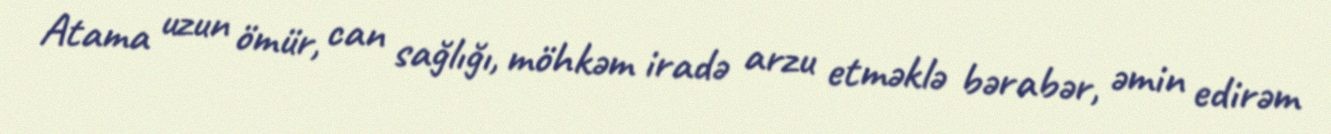
Atama uzun ömür, can sağlığı, möhkəm iradə arzu etməklə bərabər, əmin edirəm